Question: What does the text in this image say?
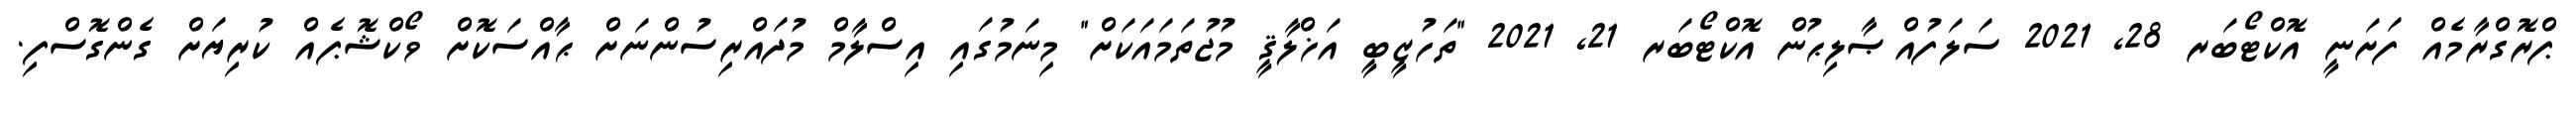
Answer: ޕްރޮގްރާމެއް ފަށަނީ އޮކްޓޯބަރ 28, 2021 ސަލަފުއްޞާލިޙުން އޮކްޓޯބަރ 21, 2021 "ތަހުޒީބީ އަޚްލާޤީ މުޖުތަމައަކަށް" މިނަމުގައި އިސްލާމް މުދައްރިސުންނަށް ޙާއްސަކޮށް ވޯކްޝޮޕެއް ކުރިޔަށް ގެންގޮސްފި.